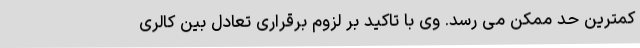
کمترین حد ممکن می رسد. وی با تاکید بر لزوم برقراری تعادل بین کالری